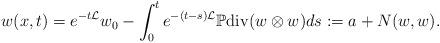
LaTeX: \begin{align*}w(x,t)=e^{-t\mathcal{L}}w_{0}-\int^{t}_{0}e^{-(t-s)\mathcal{L}}\mathbb{P}\mathrm{div}(w\otimes w)ds:=a+N(w,w).\end{align*}